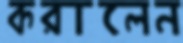
করালেন